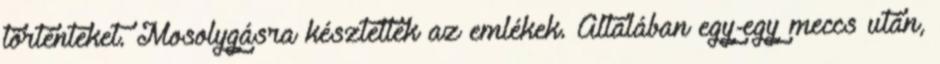
történteket. Mosolygásra késztettek az emlékek. Általában egy-egy meccs után,